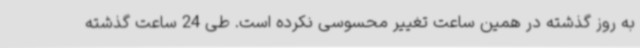
به روز گذشته در همین ساعت تغییر محسوسی نکرده است. طی 24 ساعت گذشته